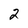
Character: 2